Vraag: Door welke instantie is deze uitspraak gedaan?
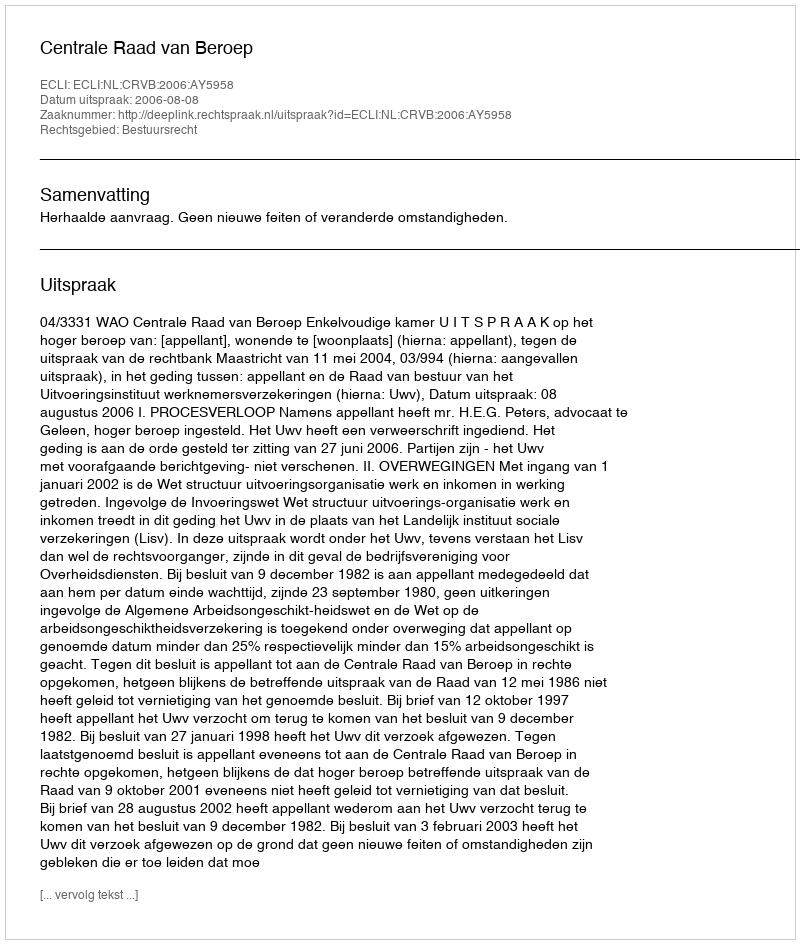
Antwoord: Centrale Raad van Beroep